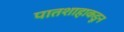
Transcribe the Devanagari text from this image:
पातशाहाकडून